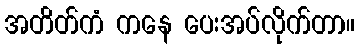
အတိတ်ကံ ကနေ ပေးအပ်လိုက်တာ။